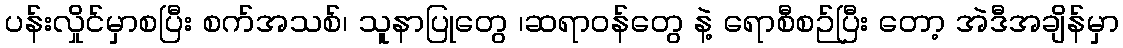
ပန်းလှိုင်မှာစပြီး စက်အသစ်၊ သူနာပြုတွေ ၊ဆရာဝန်တွေ နဲ့ ရောစီစဉ်ပြီး တော့ အဲဒီအချိန်မှာ